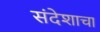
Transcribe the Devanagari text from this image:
संदेशाचा